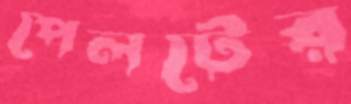
পেলটের